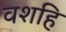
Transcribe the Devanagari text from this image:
वशहि